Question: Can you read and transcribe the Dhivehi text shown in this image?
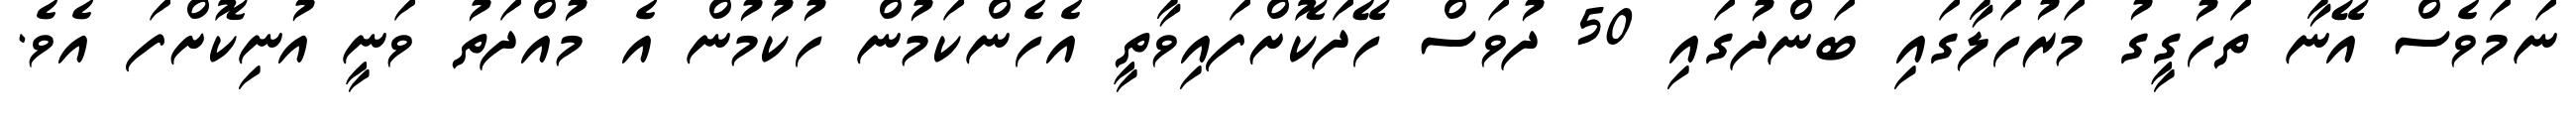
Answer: ނަމަވެސް އޭނާ ތަހުގީގު މަރުހަލާގައި ބަންދުގައި 50 ދުވަސް ހޭދަކޮށްފައިވާތީ އެހެންކަމުން ހުކުމުން އެ މުއްދަތު ވަނީ އުނިކޮށްފަ އެވެ.